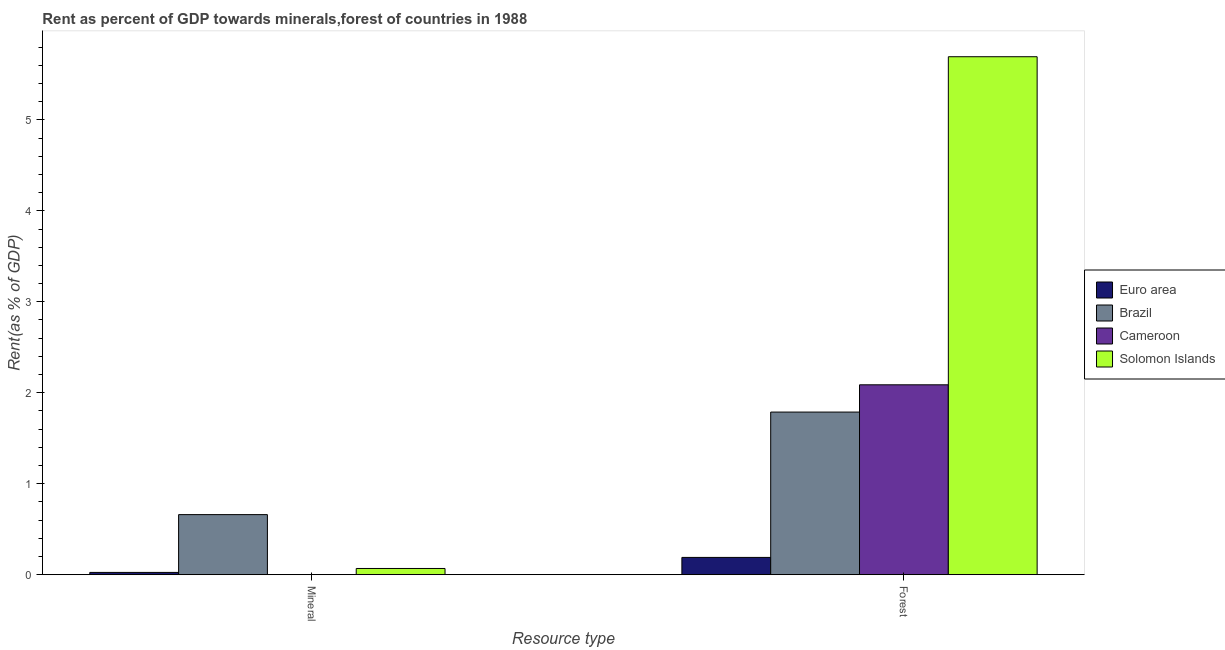
| Resource type | Euro area | Brazil | Cameroon | Solomon Islands |
 | --- | --- | --- | --- | --- |
 | Mineral | 0.025 | 0.66 | 0.000271 | 0.0682 |
 | Forest | 0.19 | 1.79 | 2.09 | 5.69 |